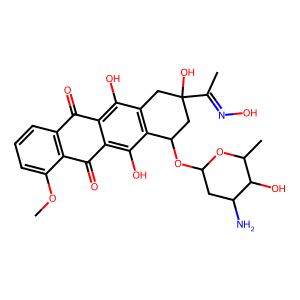
SMILES: COc1cccc2c1C(=O)c1c(O)c3c(c(O)c1C2=O)CC(O)(C(C)=NO)CC3OC1CC(N)C(O)C(C)O1
Inhibits HIV replication: No